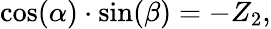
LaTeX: \cos(\alpha)\cdot\sin(\beta)=-Z_{2},